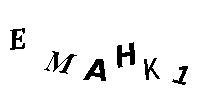
EMAHK1